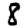
Digit: 8